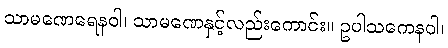
သာမဏေရေနဝါ၊ သာမဏေနှင့်လည်းကောင်း။ ဥပါသကေနဝါ၊